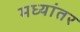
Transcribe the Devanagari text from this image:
मध्‍यांतर